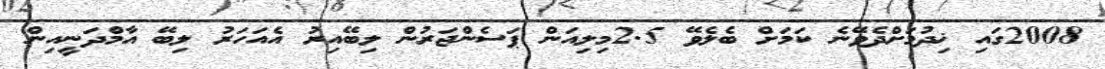
2008ގައި ޚިދުމަށްދެވޭނެ ކަމަށް ބެލެވޭ 2.5މިލިއަން ޕަސެންޖަރުން ލިބޭއިރު އެއަހަރު ލިބޭ އާމްދަނީއިން